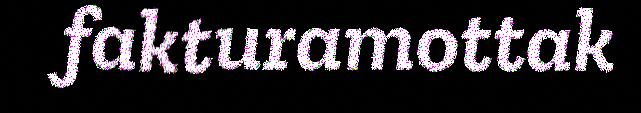
fakturamottak